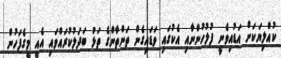
ކުއްލިޔަކަށް އަޑުއިވެނީ ފުލުހުންނާއި އެކުގައި ވަޑައިގެން ތަންތާންގެ ތަޅު ބަދަލުކުރައްވައި އެއީ މީގެފަހުން